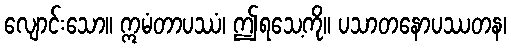
လျောင်းသော။ ဣမံတာပဿံ၊ ဤရသေ့ကို။ ပသာတနောပဿတန၊